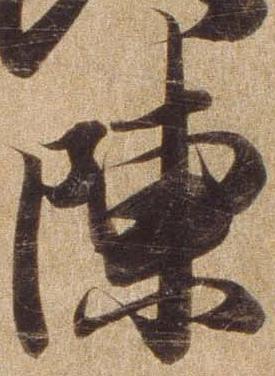
陳